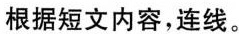
根据短文内容，连线.。